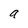
Character: a